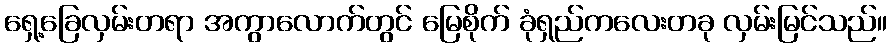
ရှေ့ခြေလှမ်းတရာ အကွာလောက်တွင် မြေစိုက် ခုံရှည်ကလေးတခု လှမ်းမြင်သည်။